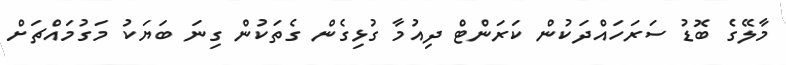
މާލޭގެ ބޮޑު ސަރަހައްދަކުން ކަރަންޓް ދިއުމާ ގުޅިގެން ގެތަކުން ގިނަ ބަޔަކު މަގުމައްޗަށް